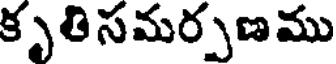
కృతి సమర్పణము